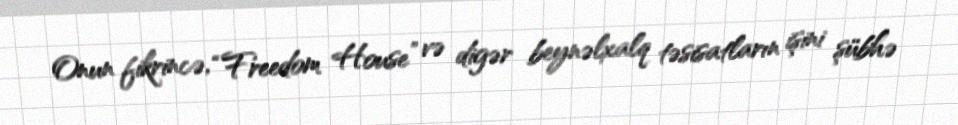
Onun fikrincə, “Freedom House” və digər beynəlxalq təsisatların işini şübhə